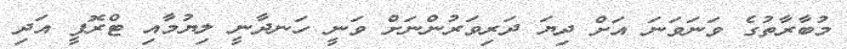
މުބާރާތުގެ ވަނަވަނަ އަށް ދިޔަ ދަރިވަރުންނަށް ވަނީ ހަނދާނީ ލިޔުމާއި ޓްރޮފީ އަދި